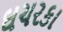
ઘચરકા